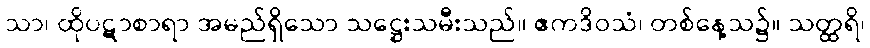
သာ၊ ထိုပဋာစာရာ အမည်ရှိသော သဋ္ဌေးသမီးသည်။ ဧကဒိဝသံ၊ တစ်နေ့သ၌။ သတ္ထရိ၊